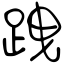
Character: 跩